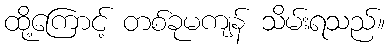
ထို့ကြောင့် တစ်ခုမကျန် သိမ်းရသည်။